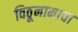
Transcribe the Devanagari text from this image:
विठूनामाचा